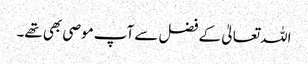
اللہ تعالیٰ کے فضل سے آپ موصی بھی تھے۔